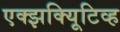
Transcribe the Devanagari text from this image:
एक्झक्यिूटिव्ह